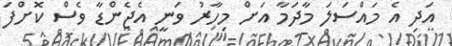
އަދި އެ މައްސަލަ މާދަމާ އަށް މިހާރު ވަނީ އެޖެންޑާ ވެސް ކޮށްފަ